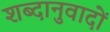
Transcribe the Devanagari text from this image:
शब्दानुवादों